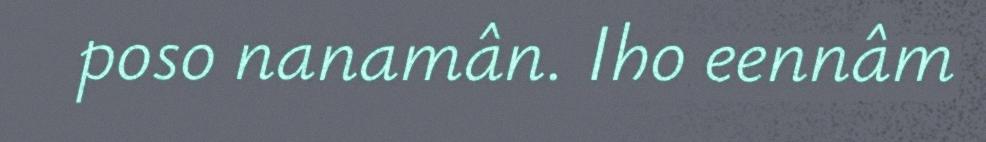
poso nanamân. Iho eennâm